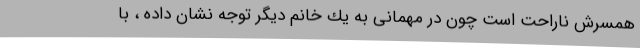
همسرش ناراحت است چون در مهمانی به يك خانم ديگر توجه نشان داده ، با